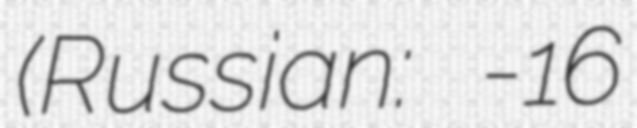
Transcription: (Russian: Венера-16